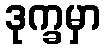
ဒုက္ခမှာ